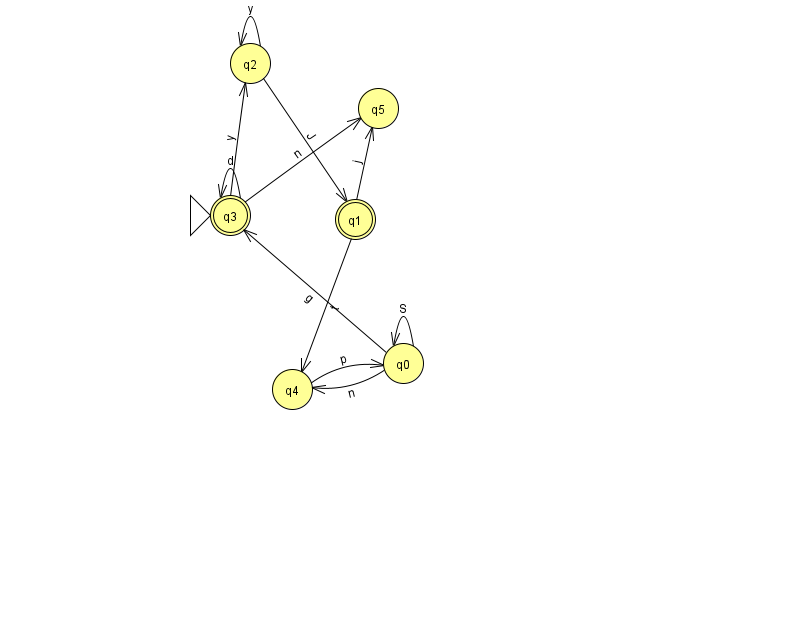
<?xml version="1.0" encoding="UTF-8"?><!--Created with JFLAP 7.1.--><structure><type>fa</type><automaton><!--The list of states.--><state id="0" name="q0"><x>403.0</x><y>350.0</y></state><state id="1" name="q1"><x>355.0</x><y>206.0</y><final/></state><state id="2" name="q2"><x>250.0</x><y>50.0</y></state><state id="3" name="q3"><x>230.0</x><y>202.0</y><initial/><final/></state><state id="4" name="q4"><x>292.0</x><y>376.0</y></state><state id="5" name="q5"><x>378.0</x><y>95.0</y></state><!--The list of transitions.--><transition><from>1</from><to>5</to><read>j</read></transition><transition><from>3</from><to>5</to><read>n</read></transition><transition><from>1</from><to>4</to><read>t</read></transition><transition><from>0</from><to>0</to><read>S</read></transition><transition><from>3</from><to>3</to><read>d</read></transition><transition><from>0</from><to>4</to><read>n</read></transition><transition><from>2</from><to>1</to><read>J</read></transition><transition><from>4</from><to>0</to><read>p</read></transition><transition><from>2</from><to>2</to><read>y</read></transition><transition><from>0</from><to>3</to><read>g</read></transition><transition><from>3</from><to>2</to><read>y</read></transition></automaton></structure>